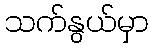
သက်နွယ်မှာ